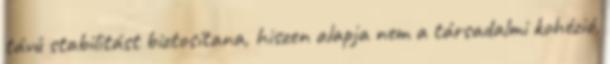
távú stabilitást biztosítana, hiszen alapja nem a társadalmi kohézió,